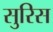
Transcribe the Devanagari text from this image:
सुरिस